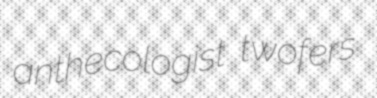
anthecologist twofers